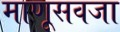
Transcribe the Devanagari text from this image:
माणूसवजा